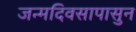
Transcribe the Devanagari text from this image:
जन्मदिवसापासुन